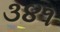
૩૪૧